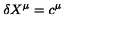
\delta X ^ { \mu } = c ^ { \mu }